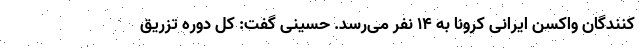
کنندگان واکسن ایرانی کرونا به ۱۴ نفر می‌رسد. حسینی گفت: کل دوره تزریق